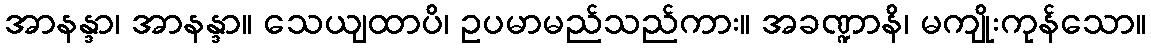
အာနန္ဒာ၊ အာနန္ဒာ။ သေယျထာပိ၊ ဥပမာမည်သည်ကား။ အခဏ္ဍာနိ၊ မကျိုးကုန်သော။